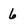
Character: 6